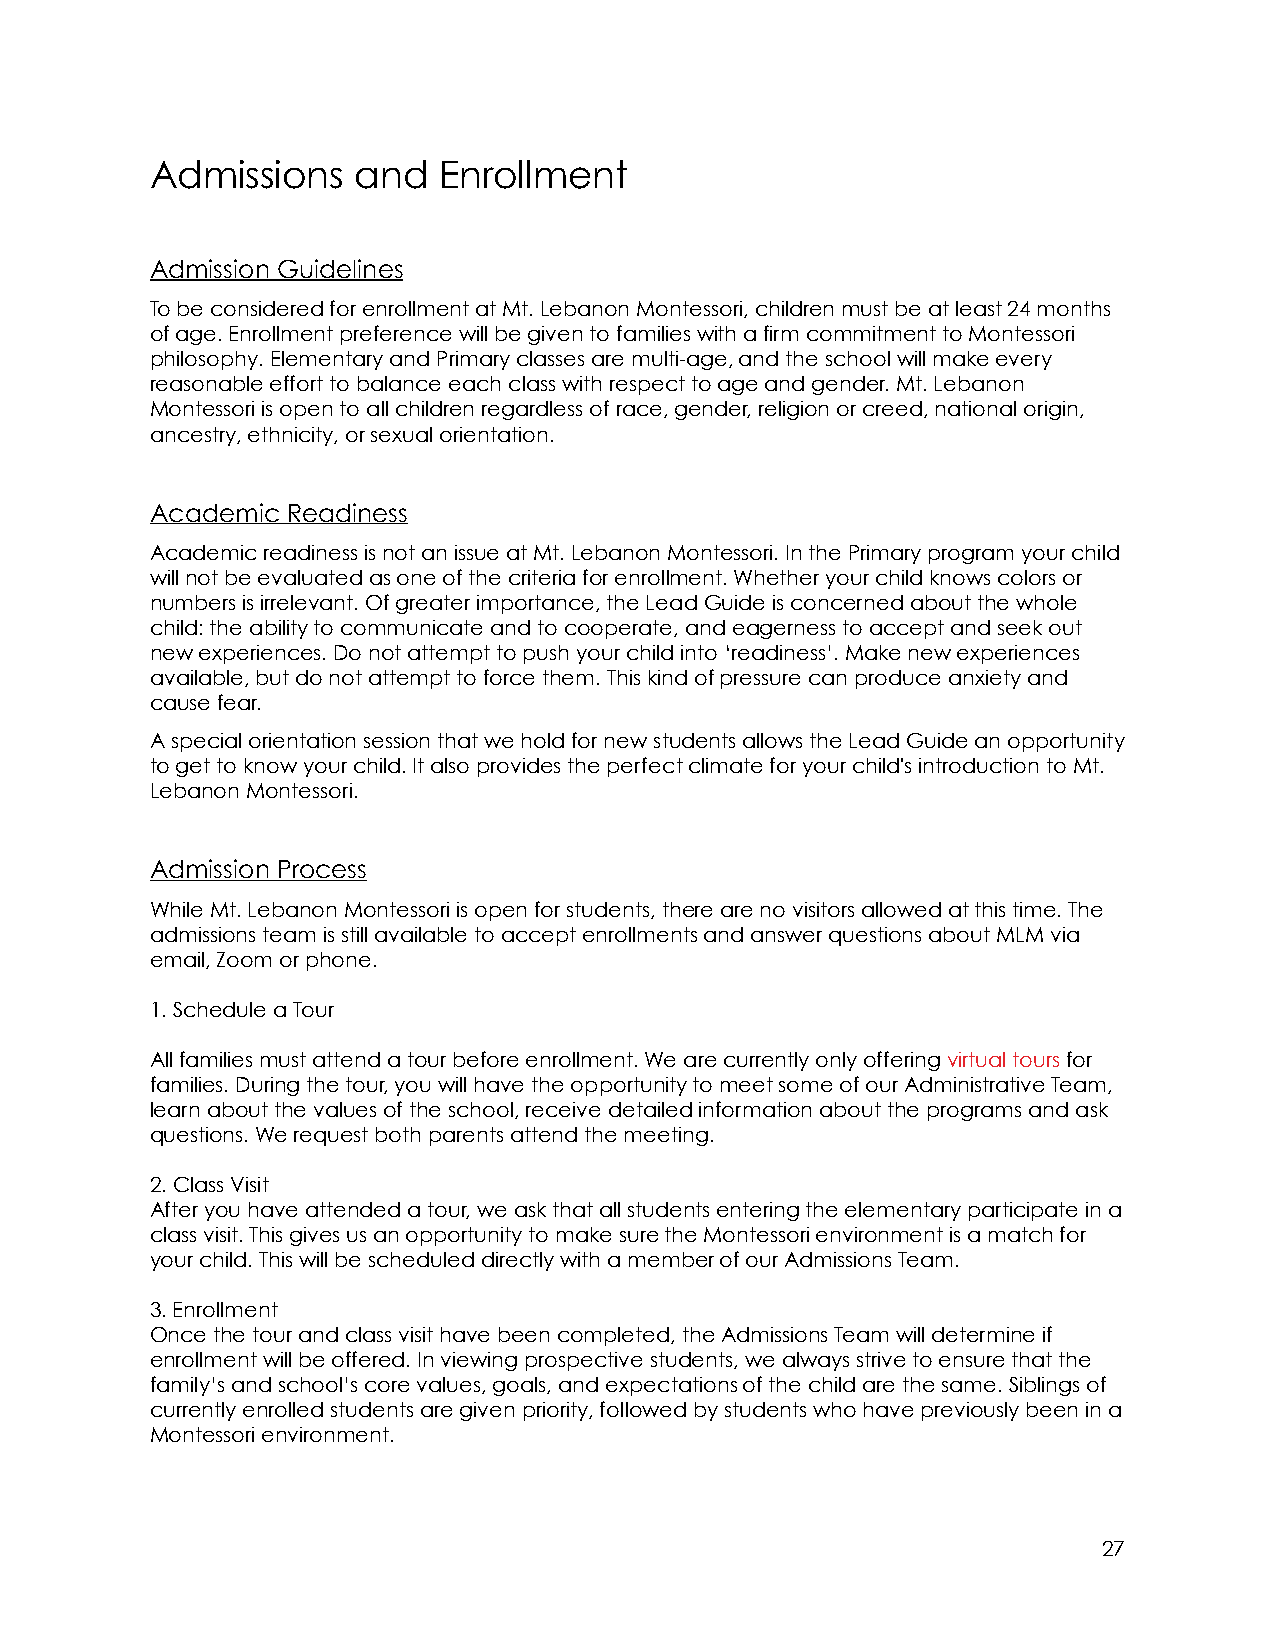
Admissions    and  Enrollment
 Admission Guidelines
 To be considered for enrollment at Mt. Lebanon Montessori, children must be at least 24 months
 of age. Enrollment preference will be given to families with a firm commitment to Montessori
 philosophy. Elementary and Primary classes are multi-age, and the school will make every
 reasonable effort to balance each class with respect to age and gender. Mt. Lebanon
 Montessori is open to all children regardless of race, gender, religion or creed, national origin,
 ancestry, ethnicity, or sexual orientation.
 Academic Readiness
 Academic readiness is not an issue at Mt. Lebanon Montessori. In the Primary program your child
 will not be evaluated as one of the criteria for enrollment. Whether your child knows colors or
 numbers is irrelevant. Of greater importance, the Lead Guide is concerned about the whole
 child: the ability to communicate and to cooperate, and eagerness to accept and seek out
 new experiences. Do not attempt to push your child into ‘readiness’. Make new experiences
 available, but do not attempt to force them. This kind of pressure can produce anxiety and
 cause fear.
 A special orientation session that we hold for new students allows the Lead Guide an opportunity
 to get to know your child. It also provides the perfect climate for your child's introduction to Mt.
 Lebanon Montessori.
 Admission Process
 While Mt. Lebanon Montessori is open for students, there are no visitors allowed at this time. The
 admissions team is still available to accept enrollments and answer questions about MLM via
 email, Zoom or phone.
 1. Schedule a Tour
 All families must attend a tour before enrollment. We are currently only offering virtual tours for
 families. During the tour, you will have the opportunity to meet some of our Administrative Team,
 learn about the values of the school, receive detailed information about the programs and ask
 questions. We request both parents attend the meeting.
 2. Class Visit
 After you have attended a tour, we ask that all students entering the elementary participate in a
 class visit. This gives us an opportunity to make sure the Montessori environment is a match for
 your child. This will be scheduled directly with a member of our Admissions Team.
 3. Enrollment
 Once the tour and class visit have been completed, the Admissions Team will determine if
 enrollment will be offered. In viewing prospective students, we always strive to ensure that the
 family’s and school’s core values, goals, and expectations of the child are the same. Siblings of
 currently enrolled students are given priority, followed by students who have previously been in a
 Montessori environment.
 27